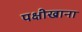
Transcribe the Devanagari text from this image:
पक्षीखाना